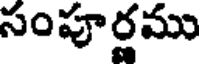
సంపూర్ణము